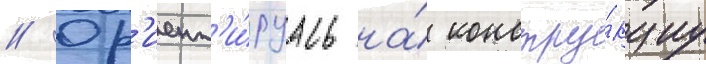
// Ор'иент'и́руась на́ констру́кциу